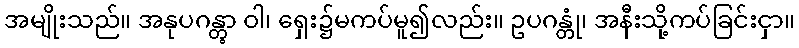
အမျိုးသည်။ အနုပဂန္တွာ ဝါ၊ ရှေး၌မကပ်မူ၍လည်း။ ဥပဂန္တုံ၊ အနီးသို့ကပ်ခြင်းငှာ။